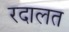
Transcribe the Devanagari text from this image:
रदालत